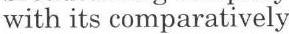
with its comparatively